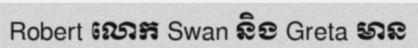
Robert លោក Swan និង Greta មាន